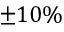
\pm 1 0 \%